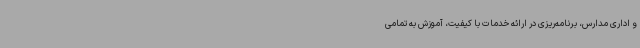
و اداری مدارس، برنامه‌ریزی در ارائه خدمات با کیفیت، آموزش به تمامی